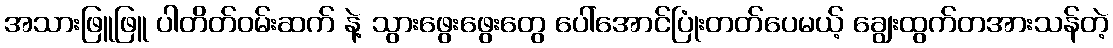
အသားဖြူဖြူ ပါတိတ်ဝမ်းဆက် နဲ့ သွားဖွေးဖွေးတွေ ပေါ်အောင်ပြုံးတတ်ပေမယ့် ချွေးထွက်တအားသန်တဲ့